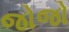
જોજો